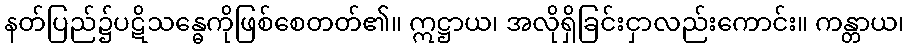
နတ်ပြည်၌ပဋိသန္ဓေကိုဖြစ်စေတတ်၏။ ဣဋ္ဌာယ၊ အလိုရှိခြင်းငှာလည်းကောင်း။ ကန္တာယ၊